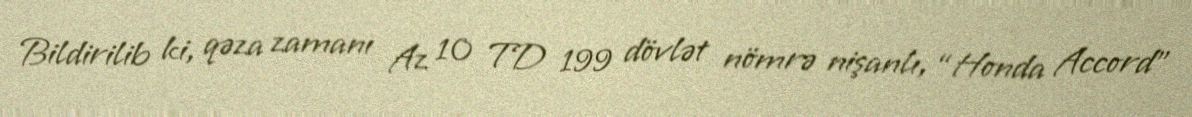
Bildirilib ki, qəza zamanı Az 10 TD 199 dövlət nömrə nişanlı, “Honda Accord”